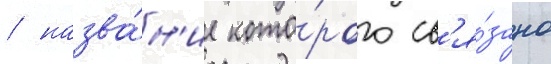
/ назва́н'ие кото́рого св'я́зано